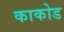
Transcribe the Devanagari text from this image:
काकोड